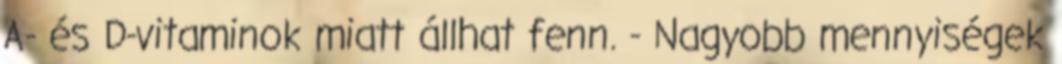
A- és D-vitaminok miatt állhat fenn. - Nagyobb mennyiségek